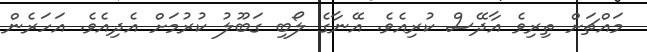
މައްޗަށް ތިރިވެ އާދޭސް ކުރިއެވެ. އޭނާގެ ލޯބި ގަބޫލު ކުރުމަށް އެދިއެވެ. އަހަރެން